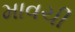
માવચી